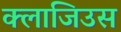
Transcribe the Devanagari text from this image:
क्लाजिउस